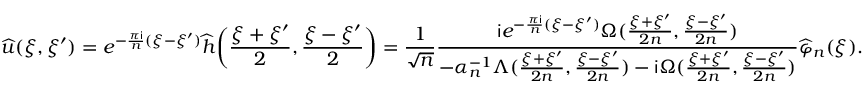
\widehat { u } ( \xi , \xi ^ { \prime } ) = e ^ { - \frac { \pi \mathsf { i } } { n } ( \xi - \xi ^ { \prime } ) } \widehat { h } \bigg ( \frac { \xi + \xi ^ { \prime } } { 2 } , \frac { \xi - \xi ^ { \prime } } { 2 } \bigg ) = \frac { 1 } { \sqrt { n } } \frac { \mathsf { i } e ^ { - \frac { \pi \mathsf { i } } { n } ( \xi - \xi ^ { \prime } ) } \Omega ( \frac { \xi + \xi ^ { \prime } } { 2 n } , \frac { \xi - \xi ^ { \prime } } { 2 n } ) } { - \alpha _ { n } ^ { - 1 } \Lambda ( \frac { \xi + \xi ^ { \prime } } { 2 n } , \frac { \xi - \xi ^ { \prime } } { 2 n } ) - \mathsf { i } \Omega ( \frac { \xi + \xi ^ { \prime } } { 2 n } , \frac { \xi - \xi ^ { \prime } } { 2 n } ) } \widehat { \varphi } _ { n } ( \xi ) .